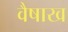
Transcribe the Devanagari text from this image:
वैषाख